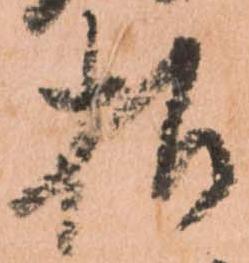
様